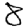
Digit: 8